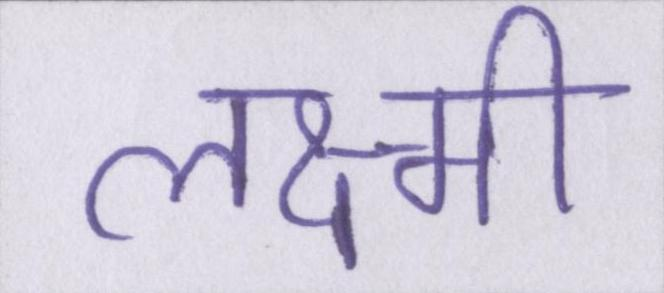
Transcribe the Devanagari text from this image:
लक्ष्मी